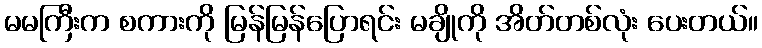
မမကြီးက စကားကို မြန်မြန်ပြောရင်း မချိုကို အိတ်တစ်လုံး ပေးတယ်။